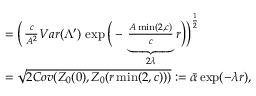
\begin{array} { r l } & { = \Big ( \, \frac { c } { A ^ { 2 } } V a r ( \Lambda ^ { \prime } ) \, \exp \Big ( - \, \underset { 2 \lambda } { \underbrace { \frac { A \operatorname* { m i n } ( 2 , c ) } { c } } } \, r \Big ) \Big ) ^ { \frac { 1 } { 2 } } } \\ & { = \sqrt { 2 C o v ( \boldsymbol { Z } _ { 0 } ( 0 ) , \boldsymbol { Z } _ { 0 } ( r \operatorname* { m i n } ( 2 , c ) ) ) } : = \bar { \alpha } \exp ( - \lambda r ) , } \end{array}